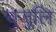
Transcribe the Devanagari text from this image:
बुजुलि